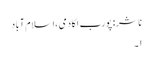
ناشر: پورب اکادمی ،اسلام آباد
۱۔